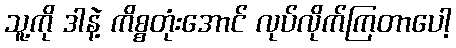
သူ့ကို ဒါနဲ့ ကိစ္စတုံးအောင် လုပ်လိုက်ကြတာပေါ့